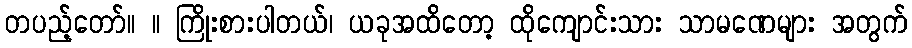
တပည့်တော်။ ။ ကြိုးစားပါတယ်၊ ယခုအထိတော့ ထိုကျောင်းသား သာမဏေများ အတွက်